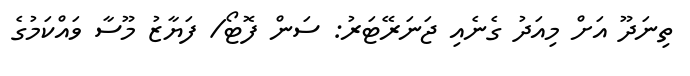
ތިނަދޫ އަށް މިއަދު ގެނެއި ޖަނަރޭޓަރު: ސަން ފޮޓޯ/ ފަޔާޒު މޫސާ ވައްކަމުގެ